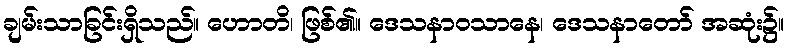
ချမ်းသာခြင်းရှိသည်။ ဟောတိ၊ ဖြစ်၏။ ဒေသနာဝသာနေ၊ ဒေသနာတော် အဆုံး၌။